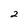
Character: 2